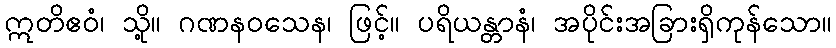
ဣတိဧဝံ၊ သို့။ ဂဏနဝသေန၊ ဖြင့်။ ပရိယန္တာနံ၊ အပိုင်းအခြားရှိကုန်သော။